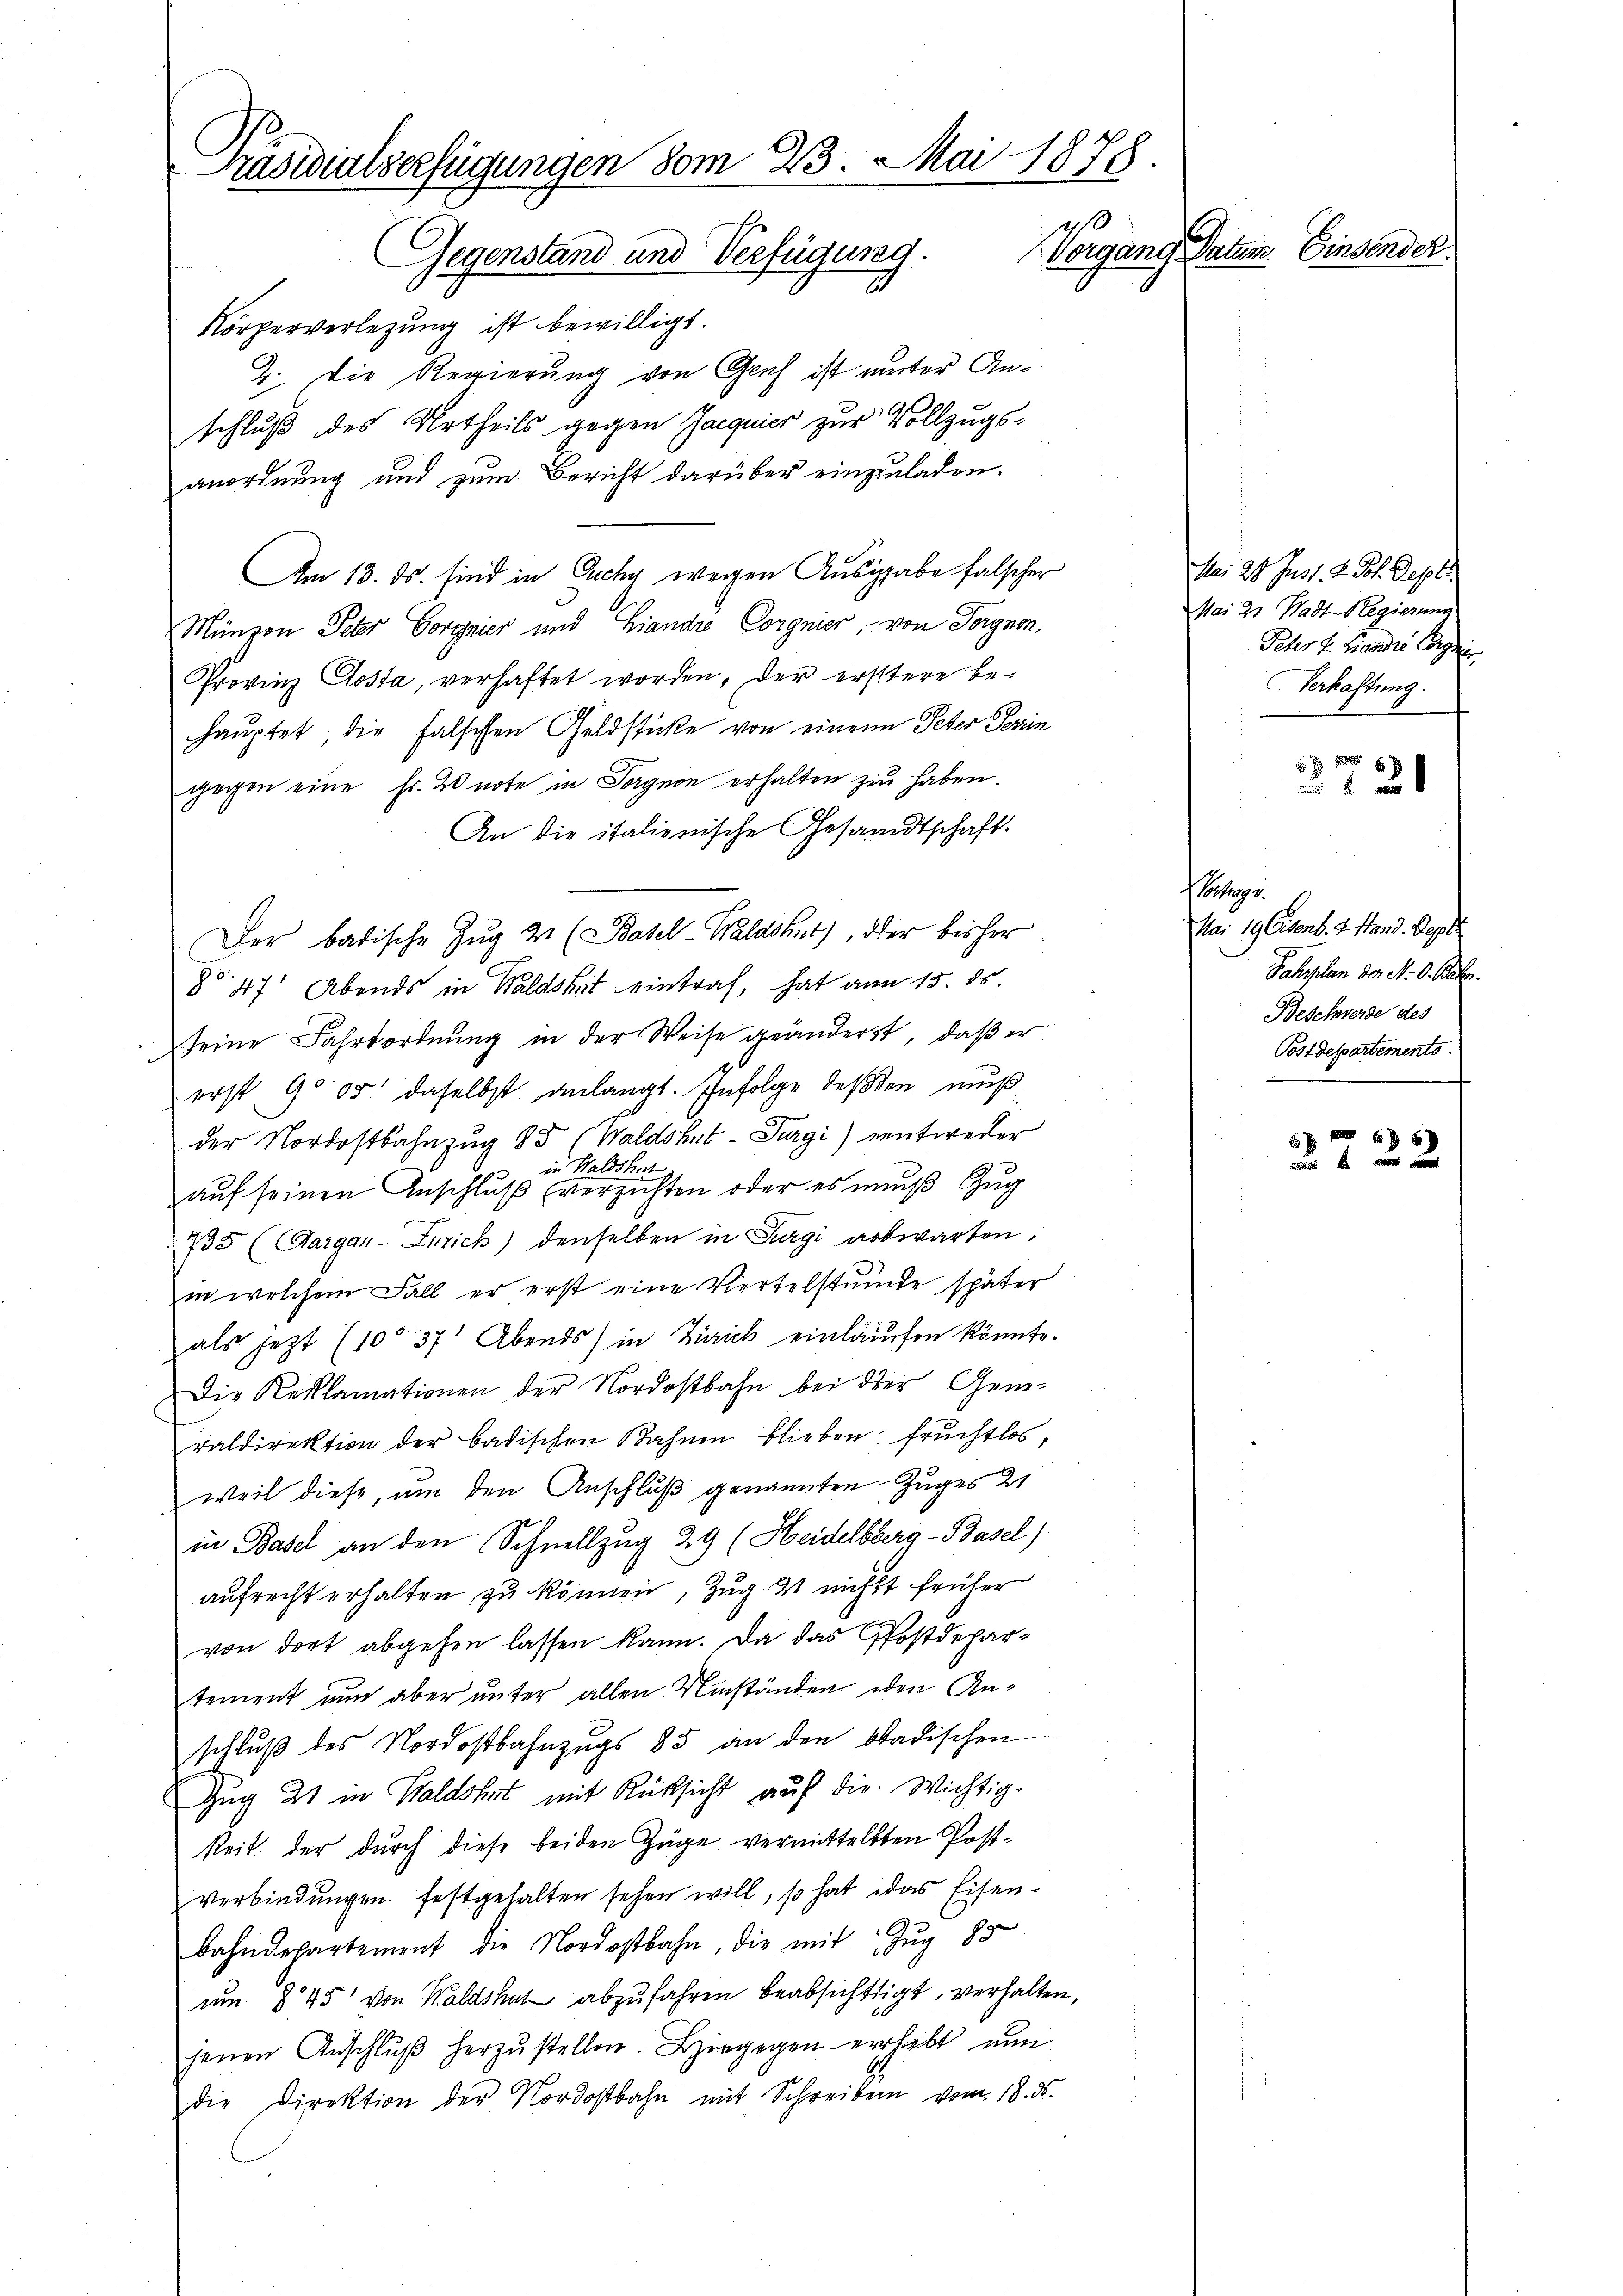
Präsidialserfügungen vom 23. Mai 1878
Vorgang Datum. Einsender
Gegenstand und Verfügung
2

Körperverlegung ist bewilligt.
2. Die Regierung von Genf ist unter Anschluß des Urtheils gegen Jacquier zur Vollzugsanordnung und zum Bericht darüber einzuladen.
Am 13. ds. sind in Ouchy wegen Ausgabe falscher
Münzen Peter Corgnier und Landre Corgnier, von Forgnon,
Provinz Costa, verhaftet worden, der erstere behauptet, die falschen Geldstücke von einem Peter Perin
gegen eine Fr. 20 note in Sorgnon erhalten zu haben.
An die italienische Gesandtschaft.
Der badische Zug 2 (Basel-Waldshut), der bisher
§ 47 Abends in Waldshut eintraf, hat am 15. ds.
seine Fahrtordnung in der Weise geänderst, daß er
erst 90 05. daselbst anlangt. Infolge deßen muß
der Nordostbahnzug 23 (Waldshut-Turgi) entweder
in Waldshut
auf seinen Anschluß verzichten oder es muß Zug
735 (Aargar-Inrich) denselben in Turgi abwarten,
in welchem Fall er erst eine Viertelstunde später
als jetzt (10 37 Abends) in Zürich einlaufen könnte.
Die Reklamationen der Nordostbahn bei der Geme
raldirektion der badischen Bahnen blieben: fruchtlos
weil diese, um den Anschluß genannten Zuges 21
in Basel an den Schnellzug 29 (Heidelberg - Basel)
aufrecht erhalten zu können, Zug 3 nicht früher
von dort abgehen lassen kann. Da das Postdepartement nun aber unter allen Umständen oder Anschlŭβ des Nordostbahnzugs 85 an den badischen
Zug 21 in Waldshut mit Rücksicht auf die Wichtig-
keit der durch diese beiden Züge vermittelsten Postverbindungen festgehalten sehen will, so hat das Eisenbahndepartement die Nordostbahn, die mit Zŭg 85
um § 45 von Waldshut abzufahren beabsichtigt, verhalten,
jenen Anschlŭβ herzŭstellen. Hiegegen erhebt nun
die Direktion der Nordostbahn mit Schreiben vom 18. ds.

Mai 28. Just. 2. Joh. Sept.
Mai 21 Stadt Regierung
Peter f. Brandi Cogni
C. Verhaftung.

4

d

g.
Mai 19 Eisenb. 4. Stand. Sept
Fahrplan der N. O. Raten.
Beschwerde des
Postdepartements

66